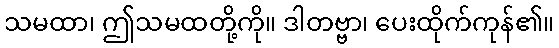
သမထာ၊ ဤသမထတို့ကို။ ဒါတဗ္ဗာ၊ ပေးထိုက်ကုန်၏။